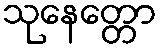
သုနေတ္တော